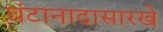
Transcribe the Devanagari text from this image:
घंटानादासारखे